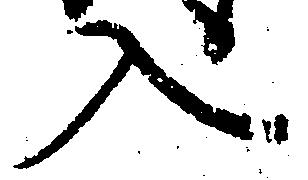
入